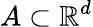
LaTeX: A\subset\mathbb{R}^{d}